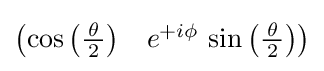
{\begin{pmatrix}\cos \left({\frac {\,\theta \,}{2}}\right)&e^{+i\phi }\,\sin \left({\frac {\,\theta \,}{2}}\right)\end{pmatrix}}